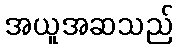
အယူအဆသည်